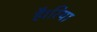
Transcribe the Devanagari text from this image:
है।रिया